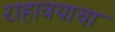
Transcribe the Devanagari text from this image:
राहावयाचा